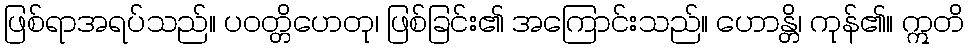
ဖြစ်ရာအရပ်သည်။ ပဝတ္တိဟေတု၊ ဖြစ်ခြင်း၏ အကြောင်းသည်။ ဟောန္တိ၊ ကုန်၏။ ဣတိ